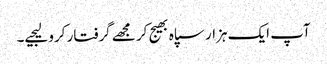
آپ ایک ہزار سپاہ بھیج کر مجھے گرفتار کرو لیجیے۔